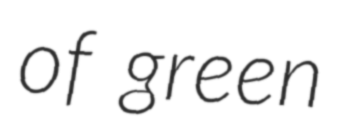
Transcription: of green